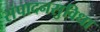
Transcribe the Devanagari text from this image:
संपादनसुविधा